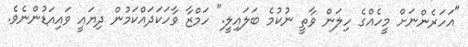
"އަހަރެންނަށް މީހެއްގެ ހިލަން ވާތީ ނުކުމެ ބަލައިލީ." ހަމްޒާ ވާހަކަދައްކަމުން ދިޔައީ ވައިއަޑުންނެވެ.